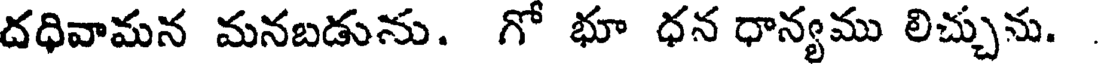
దధివామన మనబడును. గో భూ ధన ధాన్యము లిచ్చును.